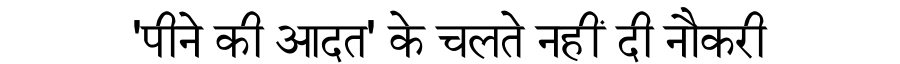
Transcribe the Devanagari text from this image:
'पीने की आदत' के चलते नहीं दी नौकरी